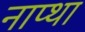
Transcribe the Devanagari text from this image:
नाप्था